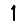
Digit: 1